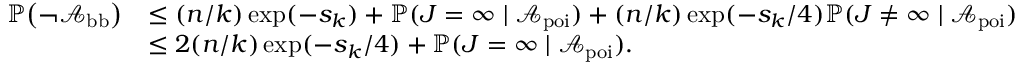
\begin{array} { r l } { \mathbb { P } \big ( \neg { \mathcal A } _ { \mathrm { b b } } \big ) } & { \le ( n / k ) \exp ( - s _ { k } ) + \mathbb { P } ( J = \infty \mid { \mathcal A } _ { \mathrm { p o i } } ) + ( n / k ) \exp ( - s _ { k } / 4 ) \mathbb { P } ( J \neq \infty \mid { \mathcal A } _ { \mathrm { p o i } } ) } \\ & { \le 2 ( n / k ) \exp ( - s _ { k } / 4 ) + \mathbb { P } ( J = \infty \mid { \mathcal A } _ { \mathrm { p o i } } ) . } \end{array}